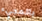
بالمجيء